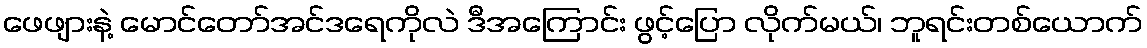
ဖေဖျားနဲ့ မောင်တော်အင်ဒရေကိုလဲ ဒီအကြောင်း ဖွင့်ပြော လိုက်မယ်၊ ဘူရင်းတစ်ယောက်